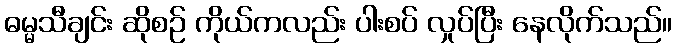
ဓမ္မသီချင်း ဆိုစဉ် ကိုယ်ကလည်း ပါးစပ် လှုပ်ပြီး နေလိုက်သည်။